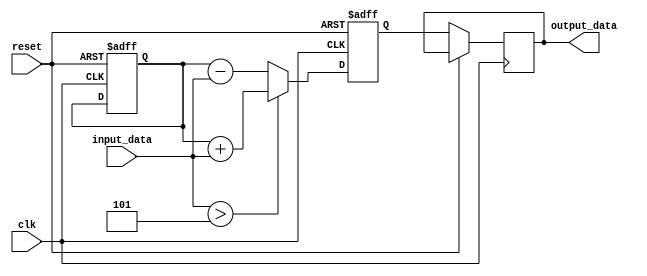
module ParameterFocusedInit #(
    parameter SIZE = 8,               // Size of the internal storage (default: 8)
    parameter THRESHOLD = 5,          // Threshold value for conditional logic (default: 5)
    parameter MODE = 0                 // Operation mode (default: 0)
)(
    input wire clk,                   // Clock input
    input wire reset,                 // Asynchronous reset input
    input wire [SIZE-1:0] input_data, // Input data
    output reg [SIZE-1:0] output_data // Output data
);

    // Internal variables
    reg [SIZE-1:0] internal_var1;
    reg [SIZE-1:0] internal_var2;

    // Initial block for parameter-focused initialization
    initial begin
        // Default initialization
        internal_var1 = 0;
        internal_var2 = 0;

        // Adjust initialization based on the operation mode
        if (MODE == 1) begin
            internal_var1 = 8'hFF; // Example of mode 1 initialization
        end else if (MODE == 2) begin
            internal_var1 = THRESHOLD; // Initialize to threshold
        end
        // Other modes can be added here
    end

    // Synchronous block for main functionality
    always @(posedge clk or posedge reset) begin
        if (reset) begin
            // Reset internal variables based on parameter
            internal_var1 <= 0;
            internal_var2 <= 0;
        end else begin
            // Update behavior based on input and internal variables
            if (input_data > THRESHOLD) begin
                internal_var2 <= internal_var1 + input_data;
            end else begin
                internal_var2 <= internal_var1 - input_data;
            end

            // Example output logic
            output_data <= internal_var2;
        end
    end

endmodule